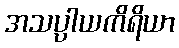
အသပ္ပါယကိရိယာ